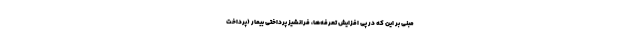
مبنی بر این که در پی افزایش تعرفه‌ها، فرانشیز پرداختی بیمار (پرداخت